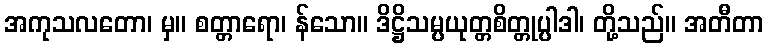
အကုသလတော၊ မှ။ စတ္တာရော၊ န်သော။ ဒိဋ္ဌိသမ္ပယုတ္တစိတ္တုပ္ပါဒါ၊ တို့သည်။ အတီတာ